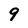
Character: 9